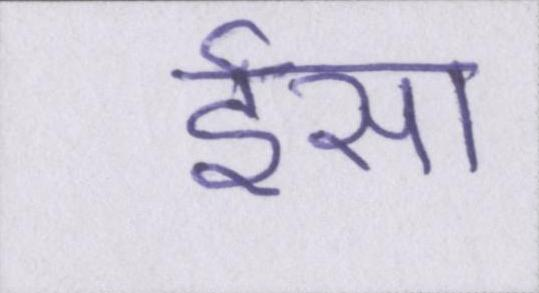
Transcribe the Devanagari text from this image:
ईसा